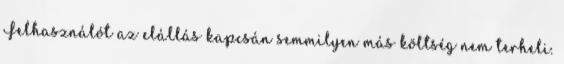
Felhasználót az elállás kapcsán semmilyen más költség nem terheli.